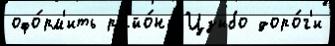
офо́рм'ить райо́ны Цзыбо доро́г'и